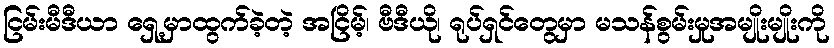
ငြမ်းမီဒီယာ ရှေ့မှာထွက်ခဲ့တဲ့ အငြိမ့်၊ ဗီဒီယို၊ ရုပ်ရှင်တွေမှာ မသန်စွမ်းမှုအမျိုးမျိုးကို